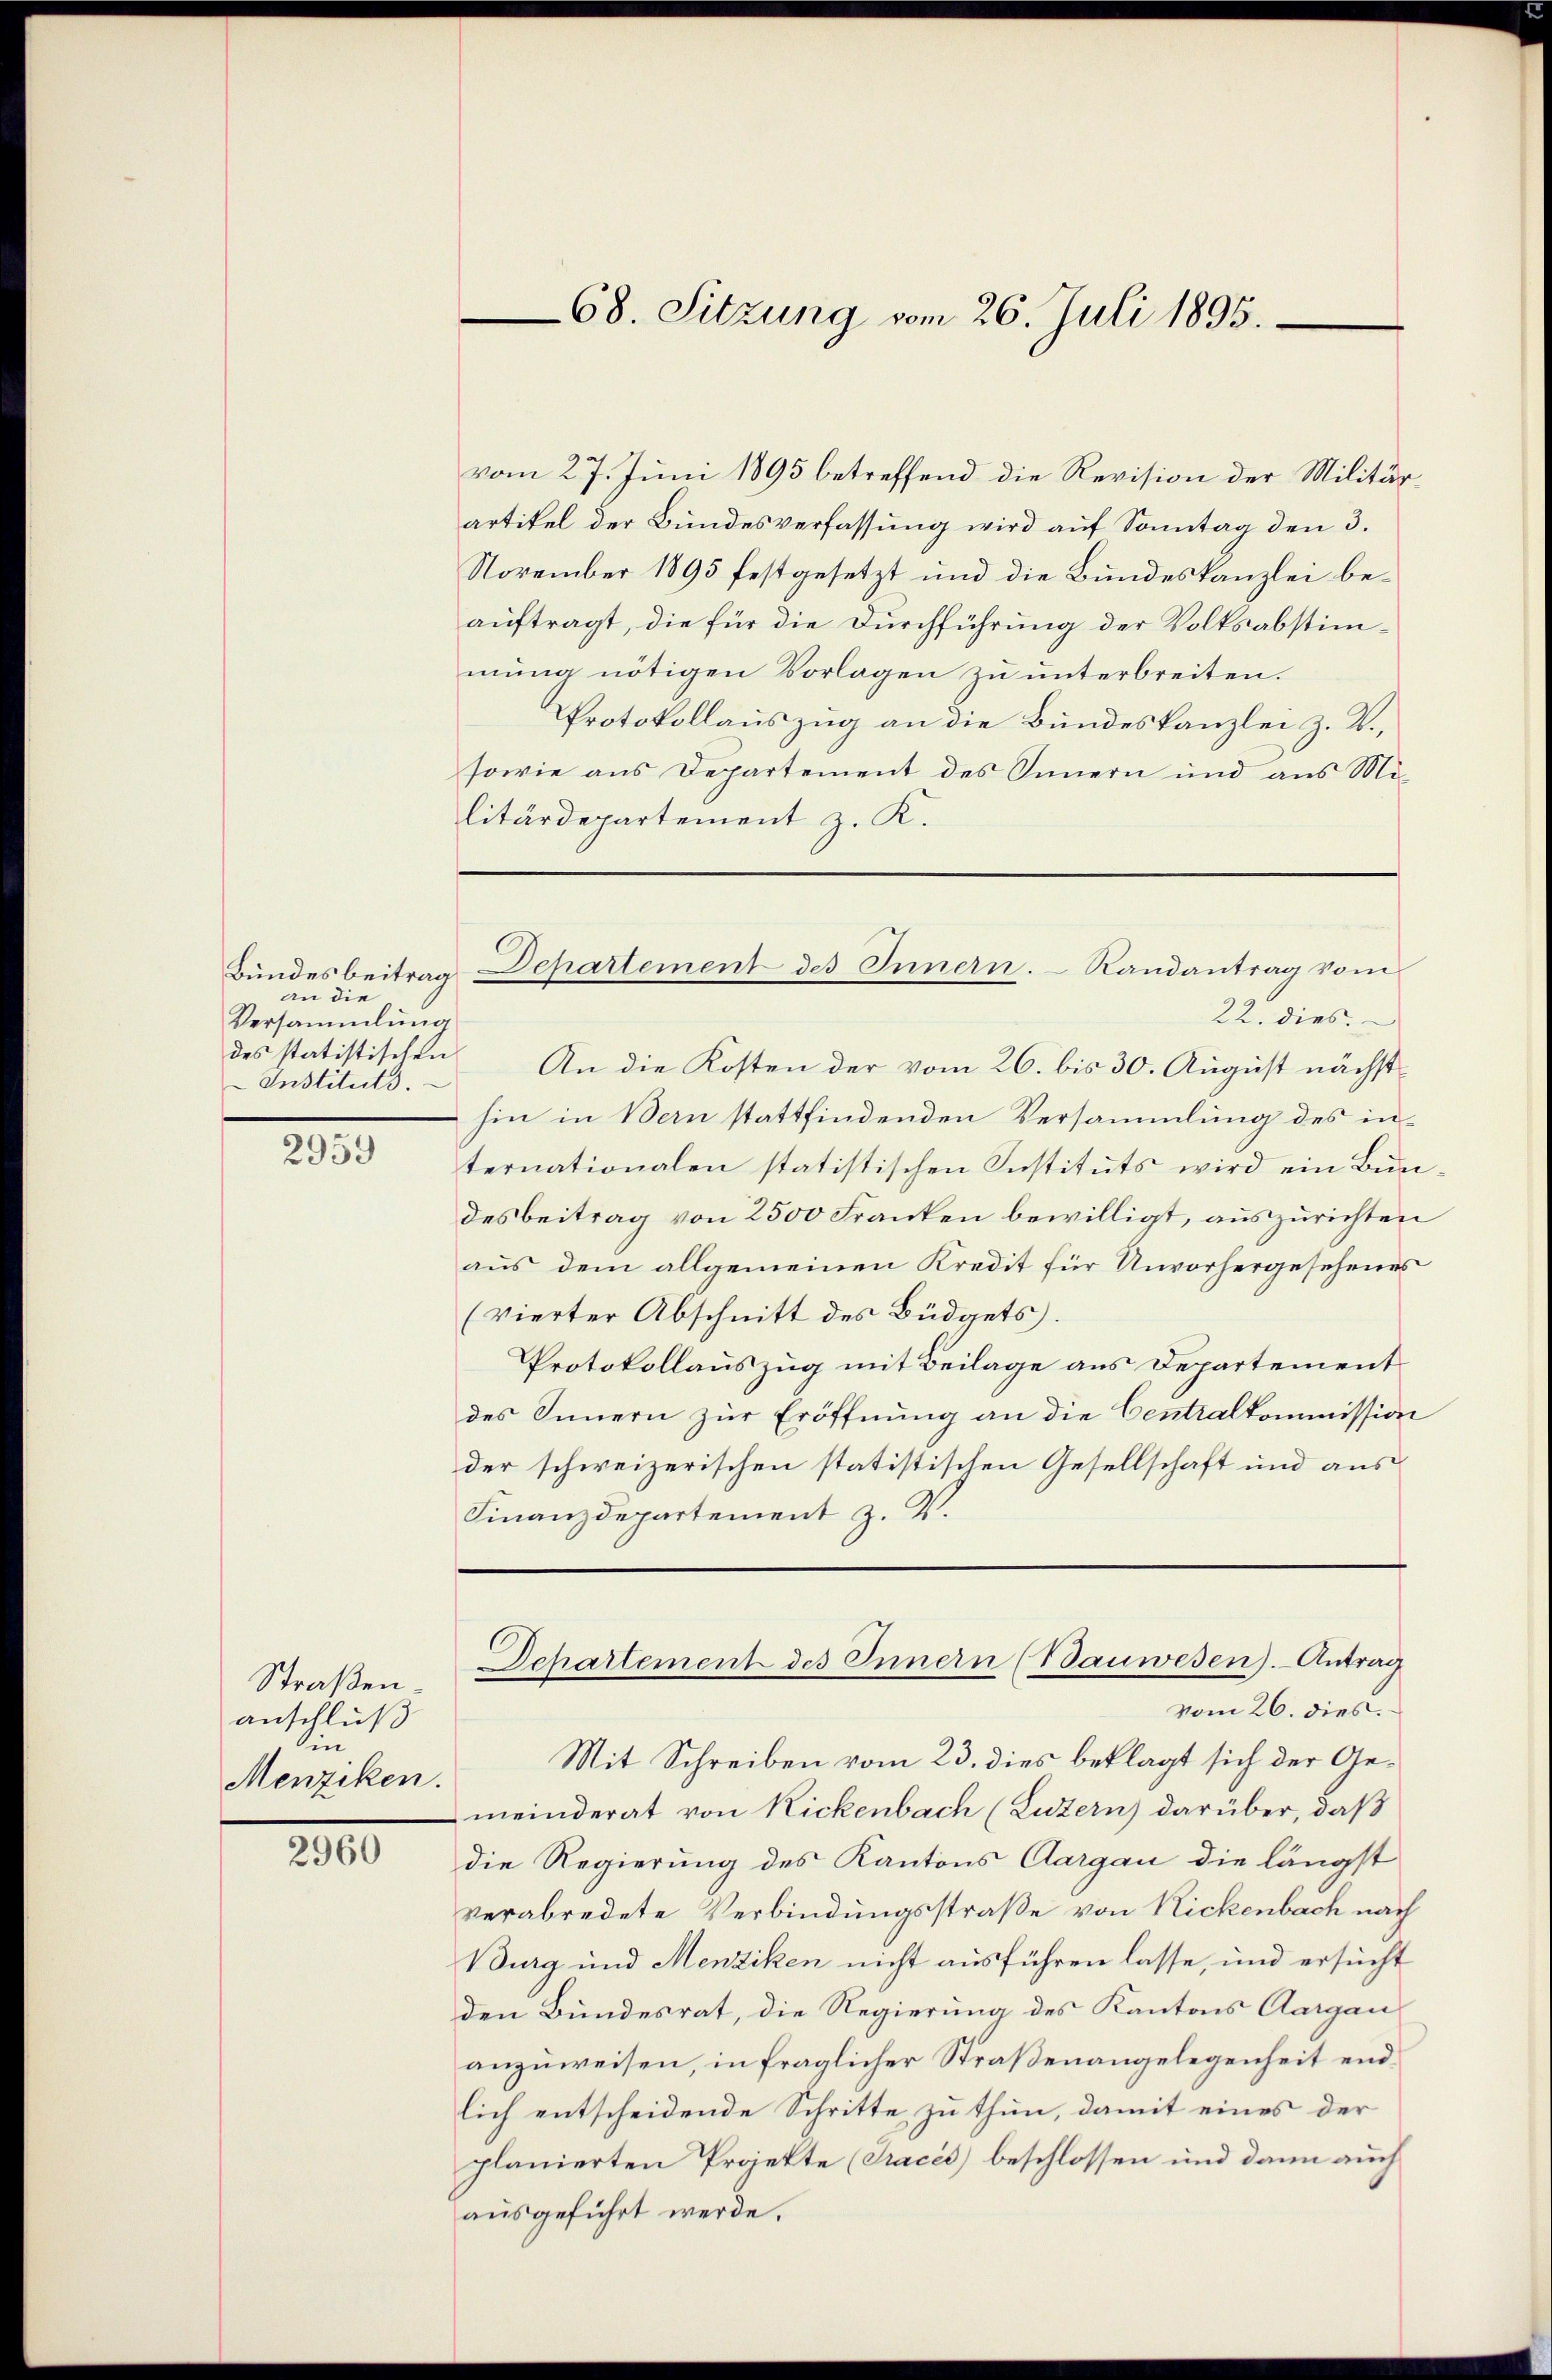
an die
Versammlung
des statistischen
Instituts.

2959

Straßen.
anschluß
in
Menziken.

2960

vom 27. Juni 1895 betreffend die Revision der Militärartikel der Bundesverfassung wird aŭf Sonntag den 3.
November 1895 festgesetzt und die Bundeskanzlei beauftragt, die für die Durchführung der Volksabstimmung nötigen Vorlagen zu unterbreiten.
Protokollauszug an die Bundeskanzlei z. B.,
sowie aus Departement des Innern und aus Militärdepartement z. K.
22. dies
An die Kosten der vom 26. bis 30. August nächsthin in Bern stattfindenden Versammlung des internationalen statistischen Instituts wird ein Bundesbeitrag von 2500 Franken bewilligt, auszurichten
aus dem allgemeinen Kredit für Unvorhergesehenes
(vierter Abschnitt des Büdgets.
Protokollauszug mit Beilage aus Departement
des Innern zur Eröffnung an die Centralkommission
der schweizerischen statistischen Gesellschaft und aus
Finanzdepartement z. V.

68. Sitzung vom 26. Juli 1895.

Bŭndesbeitrag-Departement des Innern. Randantrag vom

Departement des Innern (Bauwesen). Antrag

vom 26. dies.
Mit Schreiben vom 23. dies beklagt sich der Gemeinderat von Rickenbach (Luzern) darüber, daß
die Regierung des Kantons Aargau die längst
verabredete Verbindungsstraße von Rickenbach nach
Burg und Menziken nicht ausführen lasse, und ersucht
den Bundesrat, die Regierung des Kantons Aargau
anzuweisen, in fraglicher Straßenangelegenheit endlich entscheidende Schritte zu thun, damit eines der
planierten Projekte (Traces) beschlossen und dann auch
ausgeführt werde.